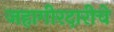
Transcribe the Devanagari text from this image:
जहागीरदारीचे